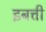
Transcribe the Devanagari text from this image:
इबत्ती